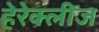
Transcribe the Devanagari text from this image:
हेरेक्लीज